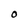
Character: o